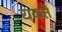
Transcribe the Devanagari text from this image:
राकते